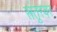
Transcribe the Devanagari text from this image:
संतूरवर